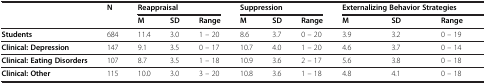
<table><thead><tr><td><b> </b></td><td><b>N</b></td><td colspan="3"><b>Reappraisal</b></td><td colspan="3"><b>Suppression</b></td><td colspan="3"><b>Externalizing Behavior Strategies</b></td></tr><tr><td><b> </b></td><td><b> </b></td><td><b>M</b></td><td><b>SD</b></td><td><b>Range</b></td><td><b>M</b></td><td><b>SD</b></td><td><b>Range</b></td><td><b>M</b></td><td><b>SD</b></td><td><b>Range</b></td></tr></thead><tbody><tr><td><b>Students</b></td><td>684</td><td>11.4</td><td>3.0</td><td>1 – 20</td><td>8.6</td><td>3.7</td><td>0 – 20</td><td>3.9</td><td>3.2</td><td>0 – 19</td></tr><tr><td><b>Clinical: Depression</b></td><td>147</td><td>9.1</td><td>3.5</td><td>0 – 17</td><td>10.7</td><td>4.0</td><td>1 – 20</td><td>4.6</td><td>3.7</td><td>0 – 14</td></tr><tr><td><b>Clinical: Eating Disorders</b></td><td>107</td><td>8.7</td><td>3.5</td><td>1 – 18</td><td>10.9</td><td>3.6</td><td>2 – 17</td><td>5.6</td><td>3.8</td><td>0 – 18</td></tr><tr><td><b>Clinical: Other</b></td><td>115</td><td>10.0</td><td>3.0</td><td>3 – 20</td><td>10.8</td><td>3.6</td><td>1 – 18</td><td>4.8</td><td>4.1</td><td>0 – 18</td></tr></tbody></table>